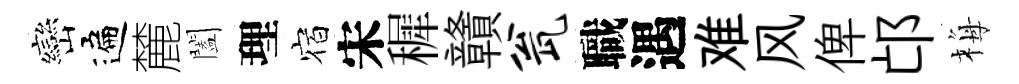
巒遍麓闔理宿宋穉贛瓮職遇难风俾邙梅